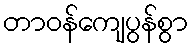
တာဝန်ကျေပွန်စွာ